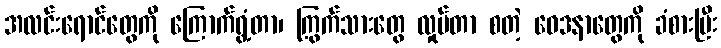
အလင်းရောင်တွေကို ကြောက်ရွံ့တာ၊ ကြွက်သားတွေ လှုပ်တာ စတဲ့ ဝေဒနာတွေကို ခံစားပြီး